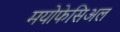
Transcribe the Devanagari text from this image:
मयोफेसिअल